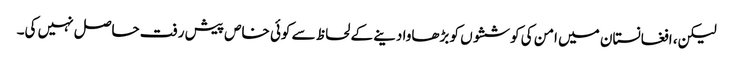
لیکن، افغانستان میں امن کی کوششوں کو بڑھاوا دینے کے لحاظ سے کوئی خاص پیش رفت حاصل نہیں کی۔